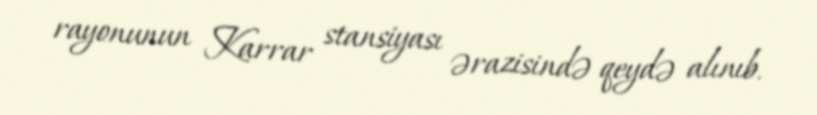
rayonunun Karrar stansiyası ərazisində qeydə alınıb.